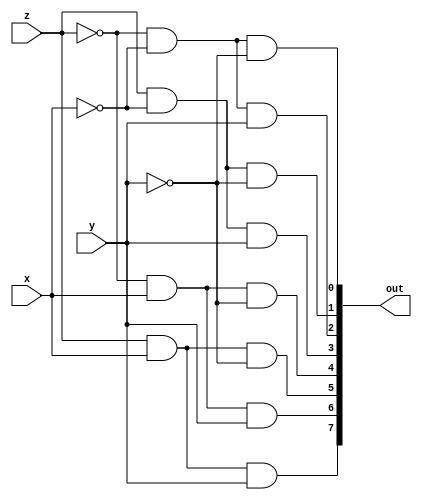
module decoder3to8_gate(out,x,y,z);
    input x,y,z;
    output [7:0]out;
    wire x1,y1,z1;

    not n1(x1,x);
    not n2(y1,y);
    not n3(z1,z);

    and a1(out[0],z1,x1,y1);
    and a2(out[1],z,x1,y1);
    and a3(out[2],z1,x1,y);
    and a4(out[3],z,x1,y);
    and a5(out[4],z1,x,y1);
    and a6(out[5],z,x,y1);
    and a7(out[6],z1,x,y);
    and a8(out[7],z,x,y);
endmodule